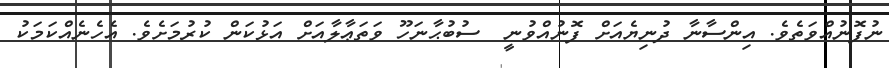
ނުފޮނުއްވަތެވެ. އިންސާނާ ދުނިޔެއަށް ފޮނުއްވުނީ  ސުބުޙާނަހޫ ވަތަޢާލާއަށް އަޅުކަން ކުރުމަށެވެ. އެހެނެއްކަމަކު